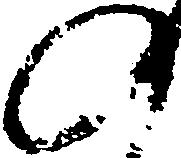
の